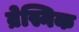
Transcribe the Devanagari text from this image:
व्रेस्निक